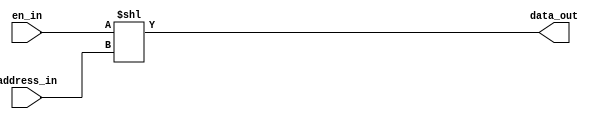
module decoder #(parameter NUM_SEL = 2, parameter NUM_OUTPUT = 1) (

	input [(NUM_SEL-1):0] address_in,
	input en_in,
	output [((2**NUM_SEL)-1):0] data_out

);

assign data_out = (en_in<<address_in);

endmodule